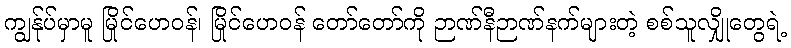
ကျွန်ုပ်မှာမူ မြိုင်ဟေဝန်၊ မြိုင်ဟေဝန် တော်တော်ကို ဉာဏ်နီဉာဏ်နက်များတဲ့ စစ်သူလျှိုတွေရဲ့